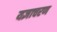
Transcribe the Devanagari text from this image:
यज्ञाचरण